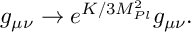
g _ { \mu \nu } \rightarrow e ^ { K / 3 M _ { P l } ^ { 2 } } g _ { \mu \nu } .